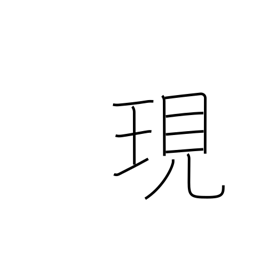
Meaning: actual